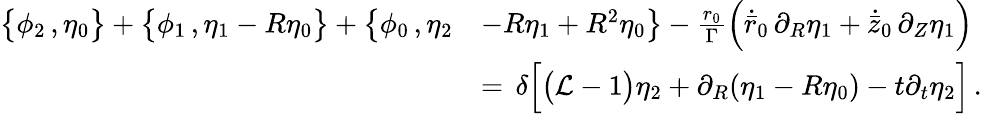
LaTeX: \begin{array}{rl}{\bigl\{ \phi_{2}\, ,\eta_{0}\bigr\} +\bigl\{ \phi_{1}\, ,\eta_{1}-R\eta_{0}\bigr\} +\bigl\{ \phi_{0}\, ,\eta_{2}}&{-R\eta_{1}+R^{2}\eta_{0}\bigr\} -\frac{r_{0}}{\Gamma}\Bigl(\dot{\bar{r}}_{0}\, \partial_{R}\eta_{1}+\dot{\bar{z}}_{0}\, \partial_{Z}\eta_{1}\Bigr)}\\ {\, }&{=\, \delta\Bigl[\bigl(\mathcal{L}-1\bigr)\eta_{2}+\partial_{R}(\eta_{1}-R\eta_{0})-t\partial_{t}\eta_{2}\Bigr]\, .}\end{array}